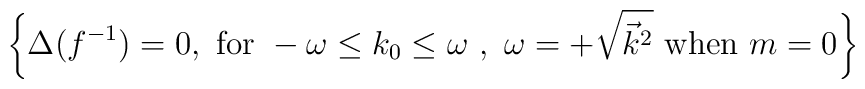
\left\{ \Delta(f^{-1})=0,~\mbox{for}~-\omega\le k_0\le\omega~,~\omega=+\sqrt{\vec{k}^2} ~\mbox{when}~ m=0 \right\}